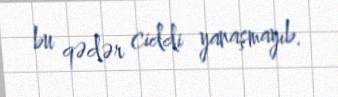
bu qədər ciddi yanaşmayıb.